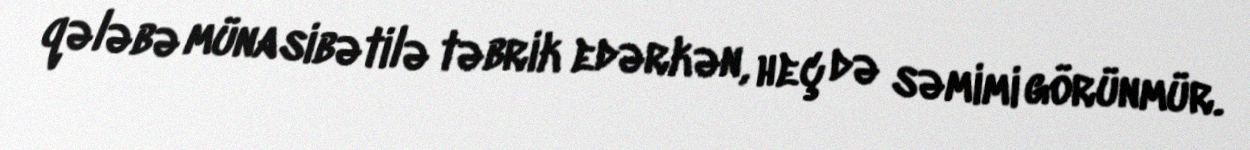
qələbə münasibətilə təbrik edərkən, heç də səmimi görünmür.